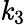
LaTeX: \mathit{k}_{3}